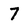
Character: 7